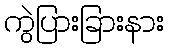
ကွဲပြားခြားနား